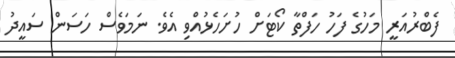
ފެބްރުއަރީ މަހުގެ ފަހު ހަފްތާ ކޯޓަށް ހުށަހެޅުއްވި އެވެ. ނަމަވެސް ހަސަން ސައީދު